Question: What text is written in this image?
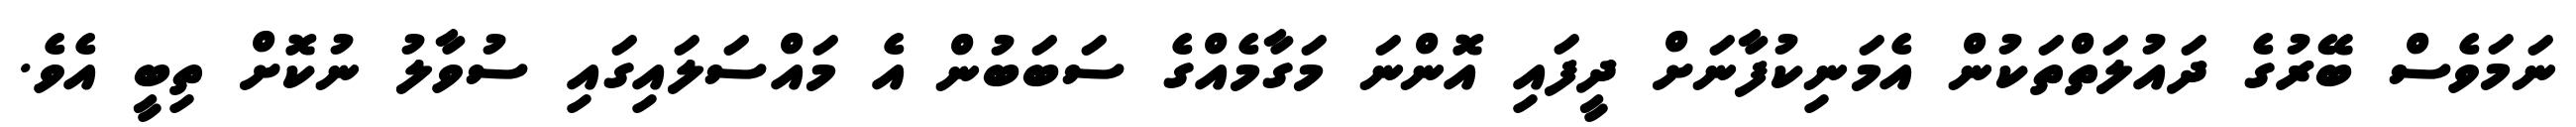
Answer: ނަމަވެސް ބޭރުގެ ދައުލަތްތަކުން އެމަނިކުފާނަށް ދީފައި އޮންނަ މަގާމެއްގެ ސަބަބުން އެ މައްސަލައިގައި ސުވާލު ނުކޮށް ތިބީ އެވެ.